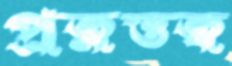
প্রত্নত্তত্ব